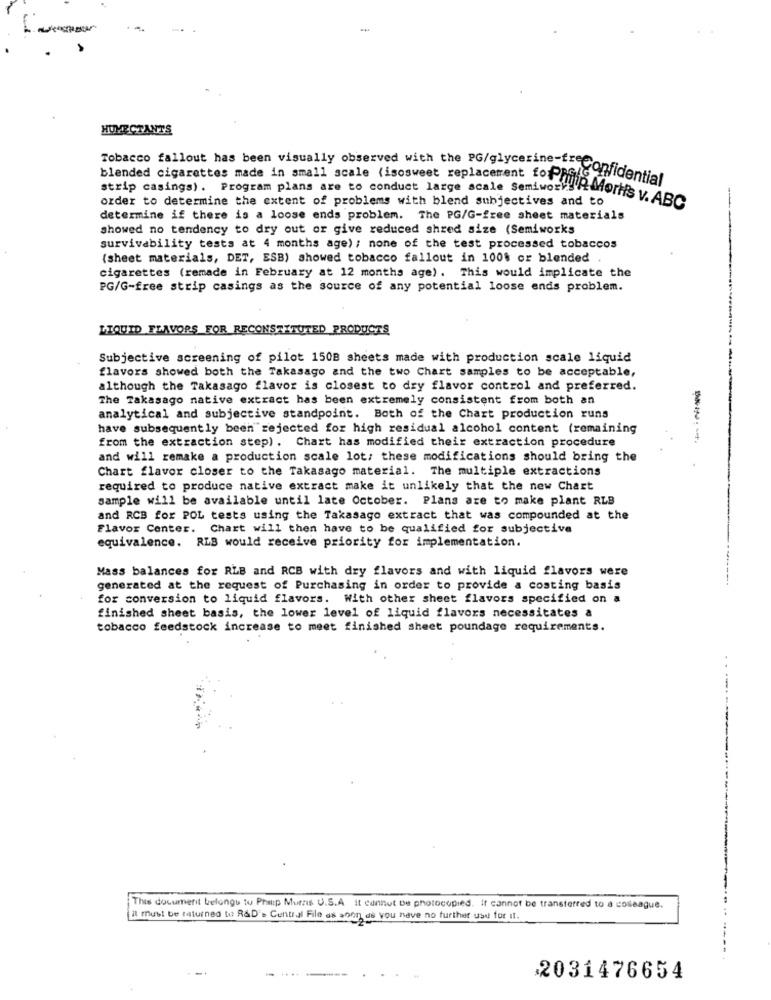
HUMECTANTS
Tobacco fallout has been visually observed with the PG/glycerine t- confidential
strip casings) . Program plans are to conduct large scale Semiworky
order to determine the extent of problems with blend subjectives and to
Blended cigarettes made in small scale (isosweet replacement forwin Mortis v. ABC
determine if there is a loose ends problem. The PG/G-free sheet materials
showed no tendency to dry out or give reduced shred size (Semiworks
survivability tests at 4 months age); none of the test processed tobaccos
-
(sheet materials, DET, ESB) showed tobacco fallout in 100% or blended
cigarettes (remade in February at 12 months age). This would implicate the
PG/G-free strip casings as the source of any potential loose ends problem.
LIQUID FLAVORS FOR RECONSTITUTED PRODUCTS
Subjective screening of pilot 150B sheets made with production scale liquid
flavors showed both the Takasago and the two Chart samples to be acceptable,
although the Takasago flavor is closest to dry flavor control and preferred.
The Takasago native extract has been extremely consistent from both an
analytical and subjective standpoint. Both of the Chart production runs
have subsequently been rejected for high residual alcohol content (remaining
from the extraction step) . Chart has modified their extraction procedure
and will remake a production scale lot: these modifications should bring the
Chart flavor closer to the Takasago material. The multiple extractions
required to produce native extract make it unlikely that the new Chart
sample will be available until late October. Plans are to make plant RLB
and RCB for POL tests using the Taxasago extract that was compounded at the
Flavor Center. Chart will then have to be qualified for subjective
equivalence. RLB would receive priority for implementation.
Mass balances for RLB and RCB with dry flavors and with liquid flavors were
generated at the request of Purchasing in order to provide a costing basis
for conversion to liquid flavors. With other sheet flavors specified on a
finished sheet basis, the lower level of liquid flavors necessitates a
tobacco feedstock increase to meet finished sheet poundage requirements.
--.
This document belongs to Philip Morris U.S.A. It cannot be photocopied. It cannot be transferred to a cosleague.
it must be returned to R&D . Central File as soon as you have no further use for it.
--------
2031476654